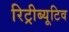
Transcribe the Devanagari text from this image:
रिट्रीब्यूटिव